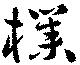
樸